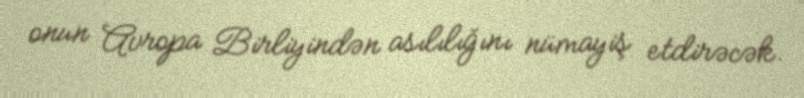
onun Avropa Birliyindən asılılığını nümayiş etdirəcək.